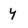
Character: y